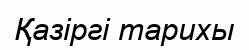
Қазіргі тарихы